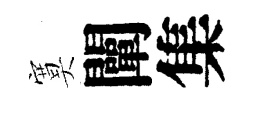
寞闡集